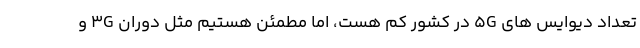
تعداد دیوایس های 5G در کشور کم هست، اما مطمئن هستیم مثل دوران 3G و